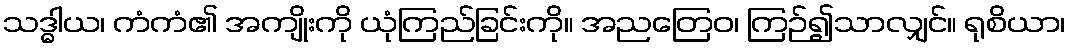
သဒ္ဓါယ၊ ကံကံ၏ အကျိုးကို ယုံကြည်ခြင်းကို။ အညတြေဝ၊ ကြဉ်၍သာလျှင်။ ရုစိယာ၊